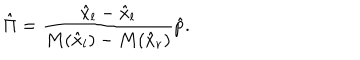
\hat { \Pi } = { \frac { \hat { x } _ { l } - \hat { x } _ { l } } { M ( \hat { x } _ { l } ) - M ( \hat { x } _ { r } ) } } \hat { p } .